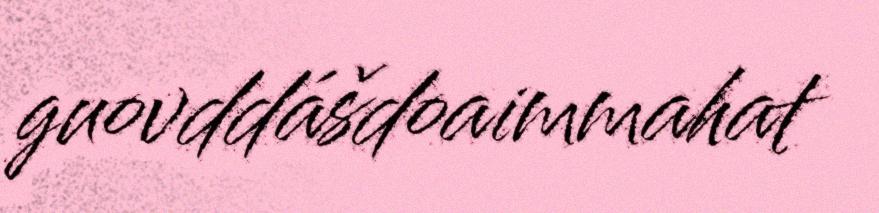
guovddášdoaimmahat